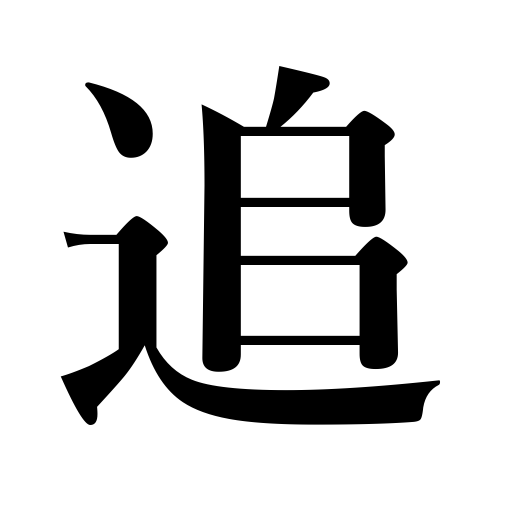
Meanings: drive away,persue pleasure,follow,chase,drive cattle